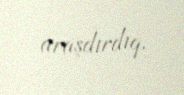
araşdırdıq.